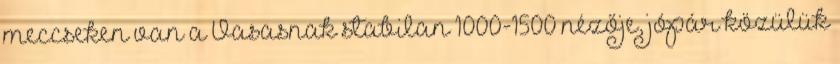
meccseken van a Vasasnak stabilan 1000-1500 nézője, jópár közülük